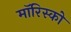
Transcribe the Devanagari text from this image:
मॉरिस्को